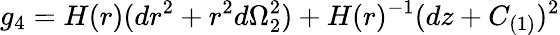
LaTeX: g_{4}=H(r)(dr^{2}+r^{2}d\Omega_{2}^{2})+H(r)^{-1}(dz+C_{(1)})^{2}